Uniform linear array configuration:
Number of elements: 8
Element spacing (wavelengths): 0.75
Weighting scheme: cosine
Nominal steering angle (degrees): -60
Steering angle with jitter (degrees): -59.998
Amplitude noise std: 0.05
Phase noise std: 0.05

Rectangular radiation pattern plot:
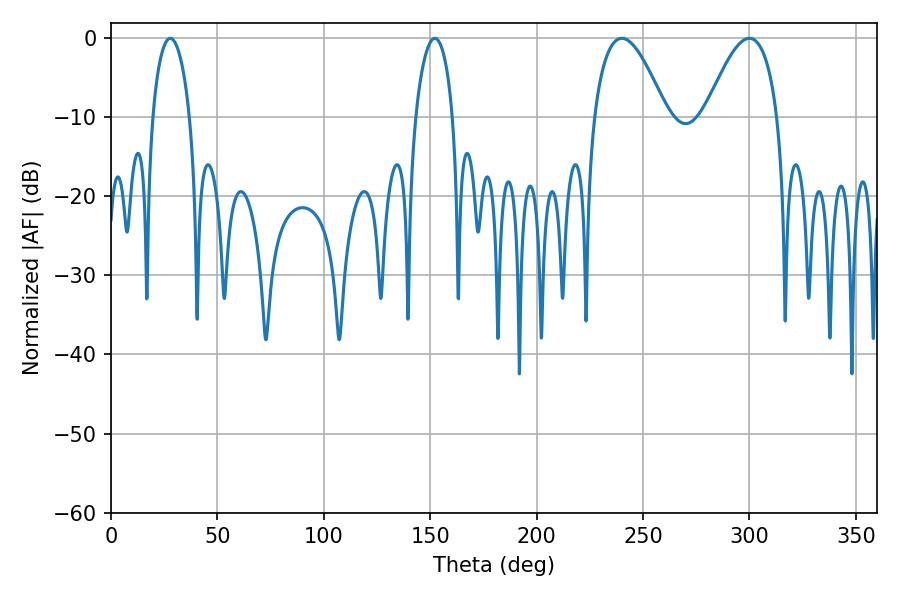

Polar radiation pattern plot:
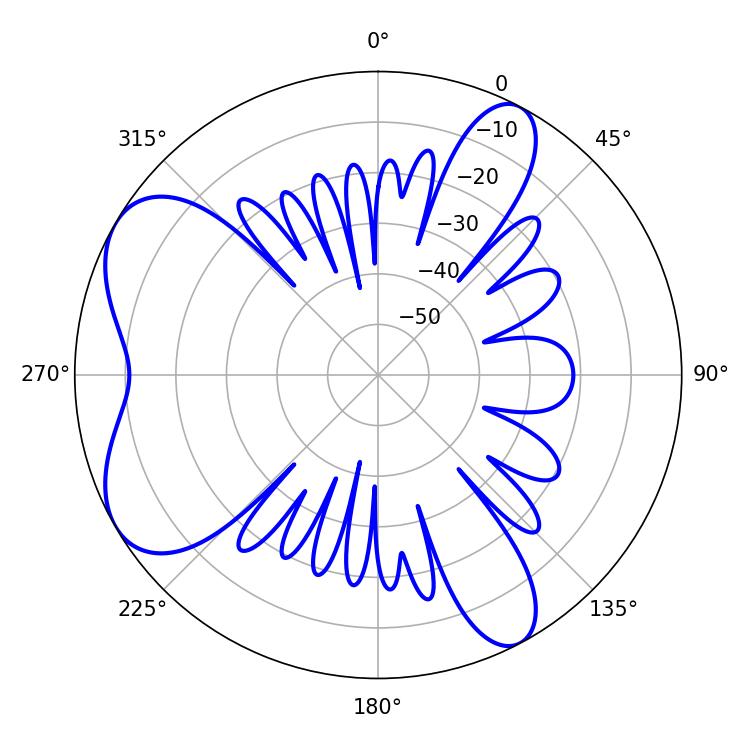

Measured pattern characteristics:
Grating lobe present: TRUE
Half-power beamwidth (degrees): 18.72
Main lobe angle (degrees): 239.94